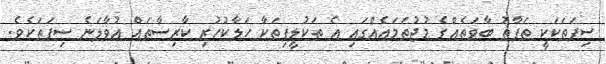
ސިފަތަކަކީ ތަފާތު ބާވަތެއްގެ މުޖުތަމަޢެއްގައި އެ ތަކުލީފިތަކާ ހަލާކުހުރި ކާރިސާތައް އުވާލަނެ ސިފަތަކެވެ.